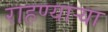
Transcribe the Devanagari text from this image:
राहण्यार्‍या